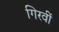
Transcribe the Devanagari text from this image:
गिरवीं